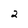
Character: 2